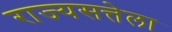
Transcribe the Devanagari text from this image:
राज्यसत्तेला